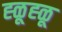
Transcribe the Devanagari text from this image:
ह्ळूह्ळू